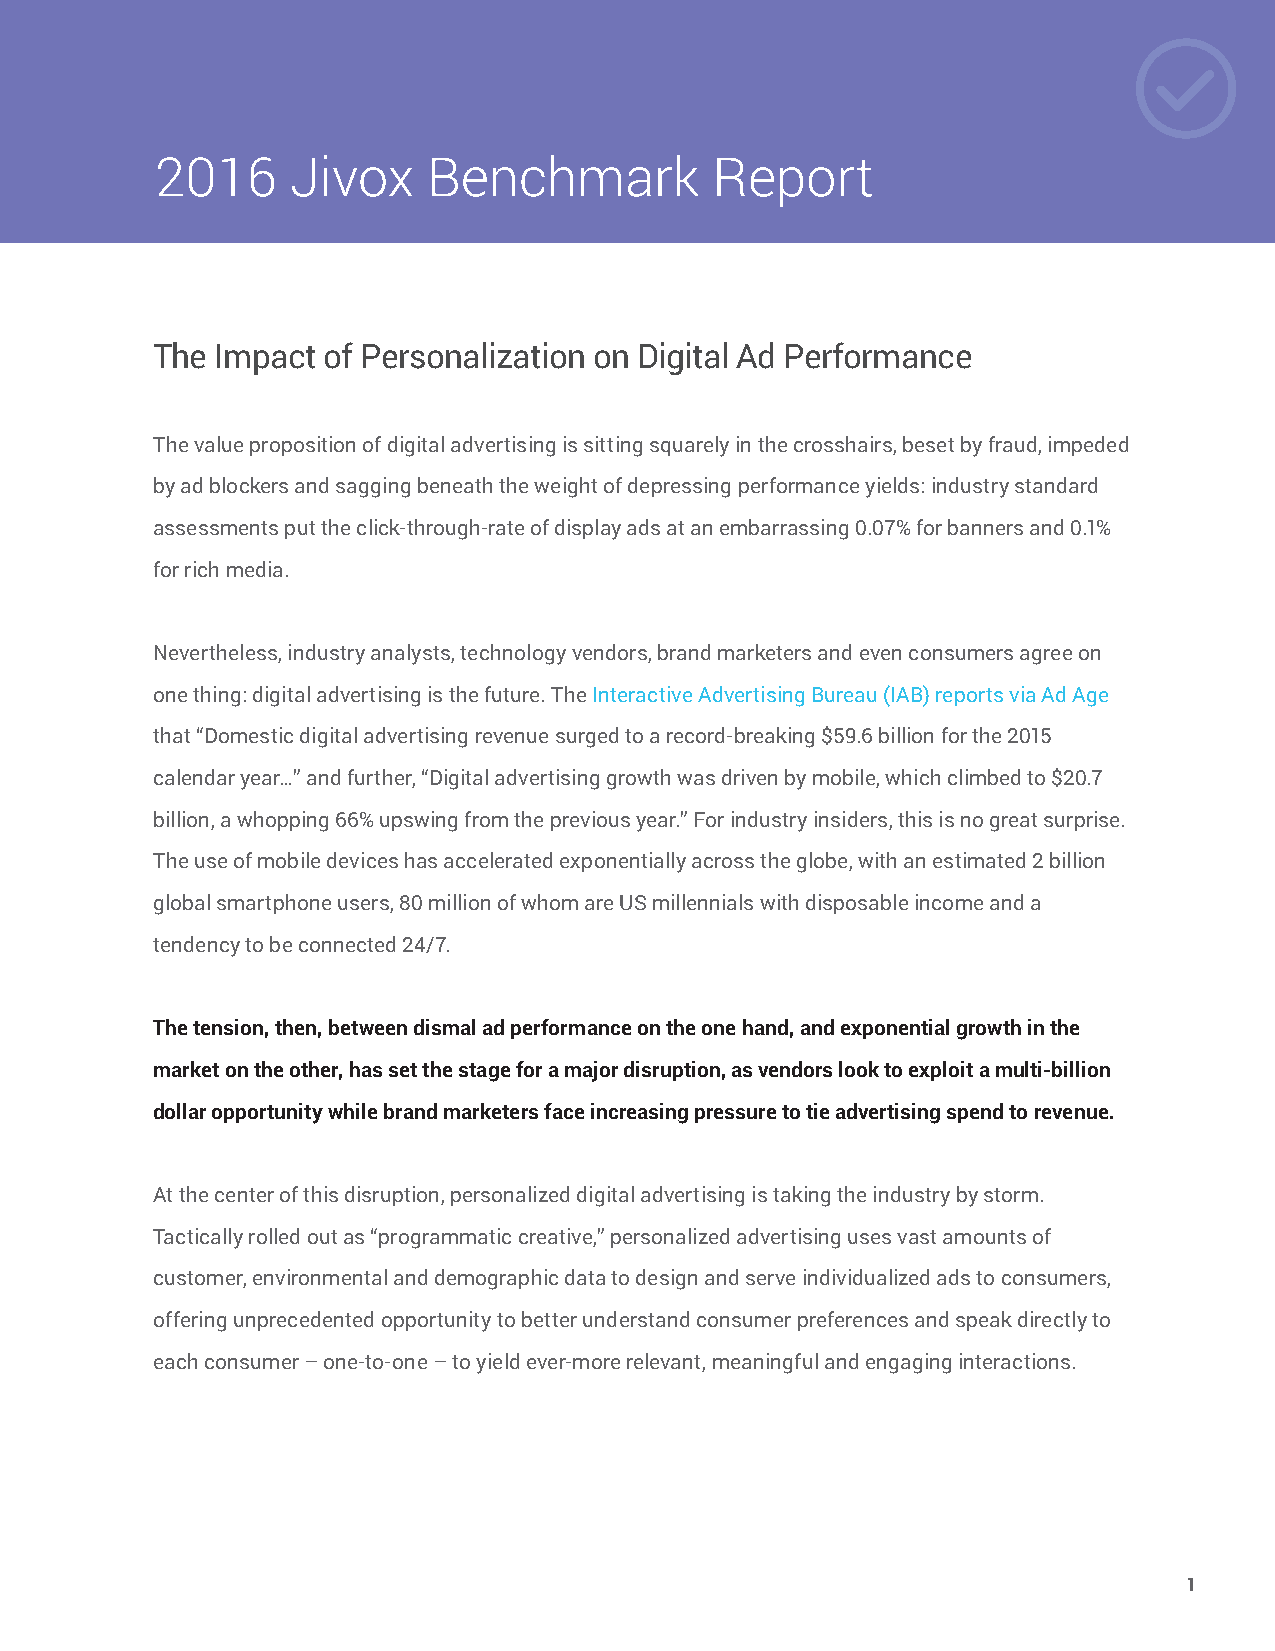
2016     Jivox    Benchmark          Report
 The Impact of Personalization on Digital Ad Performance
 The value proposition of digital advertising is sitting squarely in the crosshairs, beset by fraud, impeded
 by ad blockers and sagging beneath the weight of depressing performance yields: industry standard
 assessments put the click-through-rate of display ads at an embarrassing 0.07% for banners and 0.1%
 for rich media.
 Nevertheless, industry analysts, technology vendors, brand marketers and even consumers agree on
 one thing: digital advertising is the future. The Interactive Advertising Bureau (IAB) reports via Ad Age
 that “Domestic digital advertising revenue surged to a record-breaking $59.6 billion for the 2015
 calendar year…” and further, “Digital advertising growth was driven by mobile, which climbed to $20.7
 billion, a whopping 66% upswing from the previous year.” For industry insiders, this is no great surprise.
 The use of mobile devices has accelerated exponentially across the globe, with an estimated 2 billion
 global smartphone users, 80 million of whom are US millennials with disposable income and a
 tendency to be connected 24/7.
 The tension, then, between dismal ad performance on the one hand, and exponential growth in the
 market on the other, has set the stage for a major disruption, as vendors look to exploit a multi-billion
 dollar opportunity while brand marketers face increasing pressure to tie advertising spend to revenue.
 At the center of this disruption, personalized digital advertising is taking the industry by storm.
 Tactically rolled out as “programmatic creative,” personalized advertising uses vast amounts of
 customer, environmental and demographic data to design and serve individualized ads to consumers,
 offering unprecedented opportunity to better understand consumer preferences and speak directly to
 each consumer – one-to-one – to yield ever-more relevant, meaningful and engaging interactions.
 1